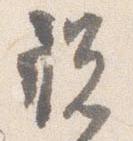
祝